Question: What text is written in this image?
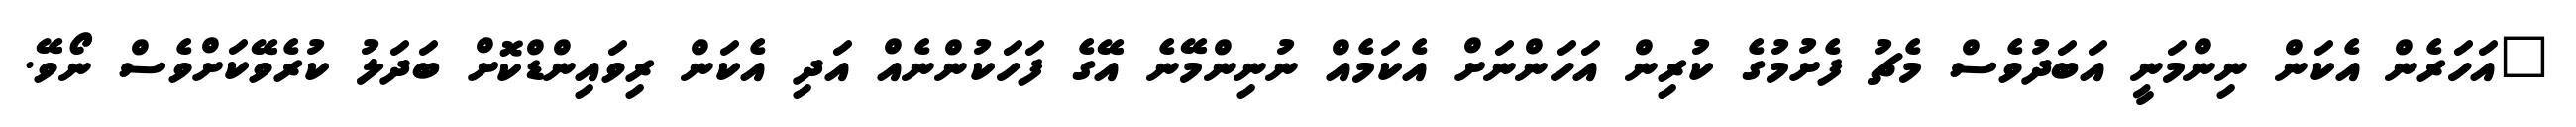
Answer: "އަހަރެން އެކަން ނިންމަނީ އަބަދުވެސް މެޗު ފެށުމުގެ ކުރިން އަހަންނަށް އެކަމެއް ނުނިންމޭނެ އޭގެ ފަހަކުންނެއް އަދި އެކަން ރިވައިންޑްކޮށް ބަދަލު ކުރެވޭކަށްވެސް ނޯވޭ.